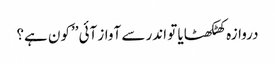
دروازہ کھٹکھٹایا تو اندر سے آواز آئی ’’کون ہے؟